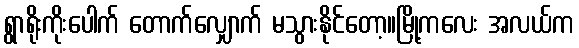
ရွာရိုးကိုးပေါက် တောက်လျှောက် မသွားနိုင်တော့။မြို့ကလေး အလယ်က